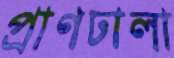
প্রাণঢালা